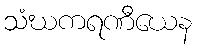
သံဃကရဏီယေန